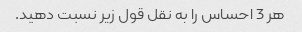
هر 3 احساس را به نقل قول زیر نسبت دهید.